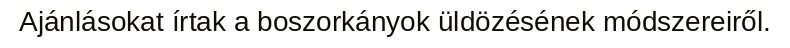
Ajánlásokat írtak a boszorkányok üldözésének módszereiről.